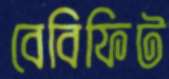
বেবিফিট